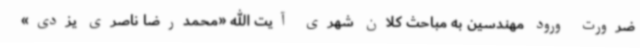
ضرورت ورود مهندسین به مباحث کلان شهری آیت الله «محمدرضا ناصری یزدی»